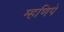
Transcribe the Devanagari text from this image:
म्हणिपे